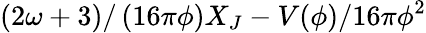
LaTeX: \left({2\omega+3}\right)/\left({16\pi\phi}\right)X_{J}-{V(\phi)}/{16\pi\phi^{2}}